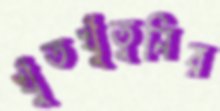
খুঁতখুঁতুনির